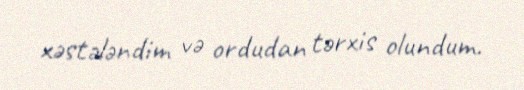
xəstələndim və ordudan tərxis olundum.